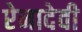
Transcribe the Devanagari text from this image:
ऐनादेवी